Medical and sanitary report of the native army of Bengal for the year
Year: 1875
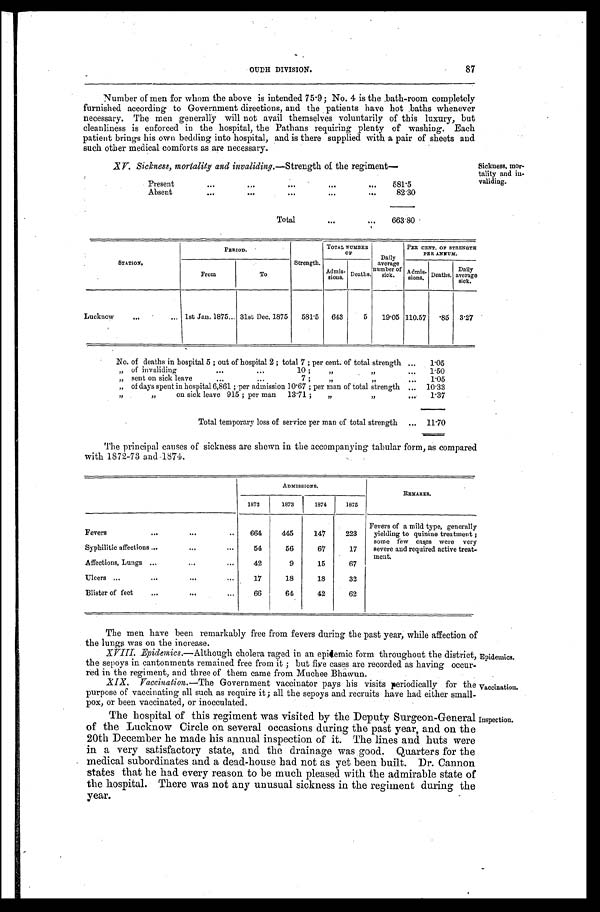
87
OUDH DIVISION.
Number of men for whom the above is intended 75.9; No. 4 is the bath-room completely
furnished according to Government directions, and the patients have hot baths whenever
necessary. The men generally will not avail themselves voluntarily of this luxury, but
cleanliness is enforced in the hospital, the Pathans requiring plenty of washing. Each
patient brings his own bedding into hospital, and is there supplied with a pair of sheets and
such other medical comforts as are necessary.
XV. Sickness, mortality and invaliding.—Strength of the regiment—
Present
.
.
.
581.5
Absent
.
.
.
82.30
Total . . .
663.80
Sickness, mor
-tality and in
-validing.
STATION.
PERIOD.
Strength.
TOTAL NUMBER
OF
Daily
average
number of
sick.
PER CENT. OF STRENGTH
PER ANNUM.
To
Admis-
sions. Deaths.
Admis-
sions . Deaths.
Daily
average
sick.
From
Lucknow . . .
1st Jan. 1875 . . . 31st Dec. 1875
581.5
643
5
19.05 110.57 .85 3.27
No. of deaths in hospital 5; out of hospital 2; total 7; per cent of total strength . . .
1.05
" of invaliding . . . 10; " " . . .
1.50
" sent on sick leave . . . 7; " " . . .
1.05
" of days spent in hospital 6,861; per admission 10.67; per man of total strength . . .
10.33
" "
on sick leave 915; per man 13.71;
" "
1.37
Total temporary loss of service per man of total strength . . .
11.70
The principal causes of sickness are shewn in the accompanying tabular form, as compared
with 1872-73 and 1874.
A D M I S S I O N S .
REMARKS.
1872
1873
1874
1875
Fevers
. . .
664
445
147
223
Fevers of a mild type, generally
yielding to quinine treatment;
some few caues were very
severe and required active treat-
ment.
Syphilitic affections . . .
54
56
67
17
Affections, Lungs . . .
42
9
15
67
Ulcers . . .
17
18
18
32
Blister of feet . . .
66
64
42
62
The men have been remarkably free from fevers during the past year, while affection of
the lungs was on the increase.
XVIII. Epidemics.—Although cholera raged in an epidemic form throughout the district,
the sepoys in cantonments remained free from it; but five cases are recorded as having occur
-red in the regiment, and three of them came from Muchee Bbawun.
Epidemics.
XIX. Vaccination .—The Government vaccinator pays his visits periodically for the
purpose of vaccinating all such as require it; all the sepoys and recruits have had either small
-pox, or been vaccinated, or inocculated.
The hospital of this regiment was visited by the Deputy Surgeon-General
of the Lucknow Circle on several occasions during the past year, and on the
20th December he made his annual inspection of it. The lines and huts were
in a very satisfactory state, and the drainage was good. Quarters for the
medical subordinates and a dead-house had not as yet been built. Dr. Cannon
states that he had every reason to be much pleased with the admirable state of
the hospital. There was not any unusual sickness in the regiment during the
year.
Vaccination.
Inspection.